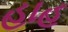
હાહ